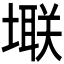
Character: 𪤚